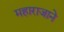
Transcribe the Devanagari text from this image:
महाराजाने